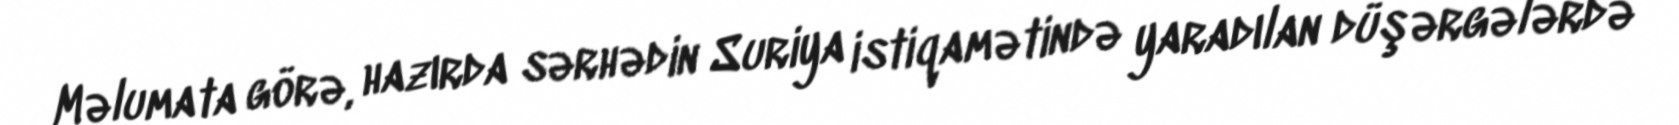
Məlumata görə, hazırda sərhədin Suriya istiqamətində yaradılan düşərgələrdə